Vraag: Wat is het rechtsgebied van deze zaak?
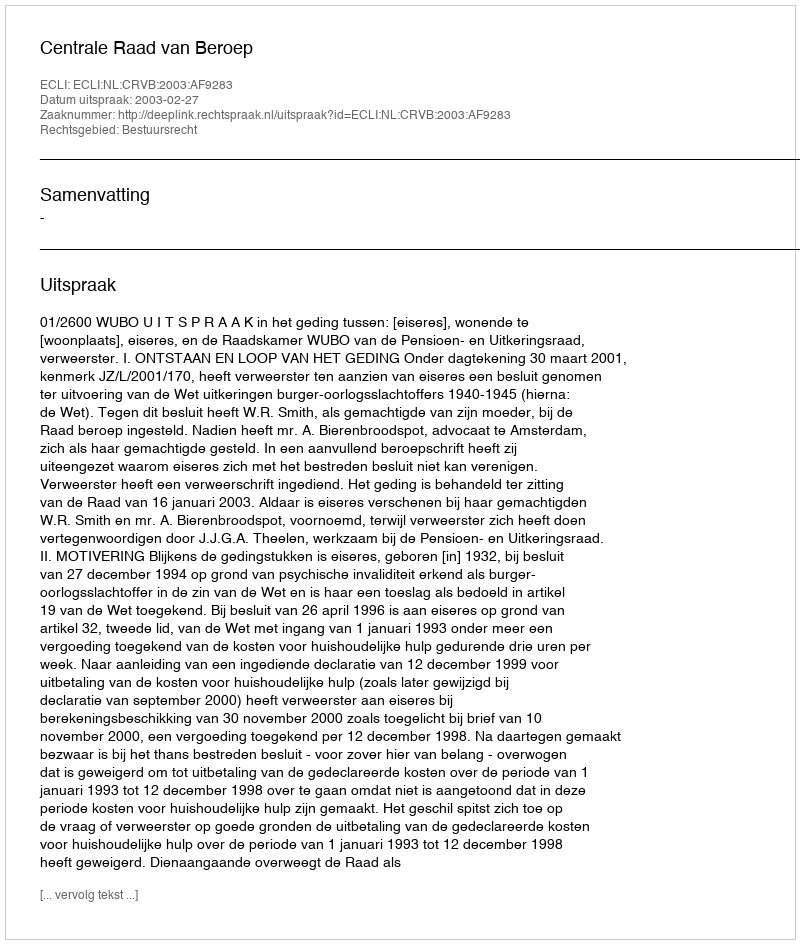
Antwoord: Bestuursrecht